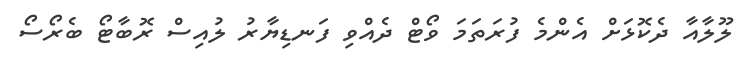
ލޫލާއާ ދެކޮޅަށް އެންމެ ފުރަތަމަ ވޯޓް ދެއްވި ފަނޑިޔާރު ލުއިސް ރޮބާޓޯ ބެރޯސޯ